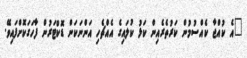
"އެ ކުއްޖާ ކެއްސުމުން ކަރުތެރެއިން ކަޅު ކުލައިގެ އެއްޗެހި އަންނަކަން ޑޮކްޓަރުން ފާހަގަކޮށްފައިވޭ.